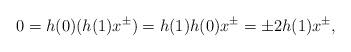
LaTeX: \begin{align*}0=h(0)(h(1)x^{\pm})=h(1)h(0)x^{\pm}=\pm 2 h(1)x^{\pm},\end{align*}